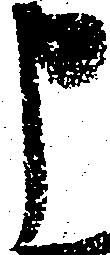
申